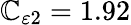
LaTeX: \mathbb{C}_{\varepsilon2}=1.92